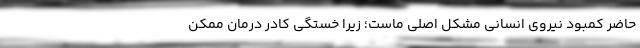
حاضر کمبود نیروی انسانی مشکل اصلی ماست؛ زیرا خستگی کادر درمان ممکن